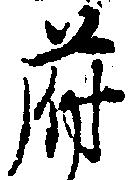
府